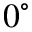
0 ^ { \circ }